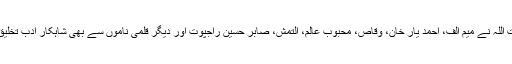
عنایت اللہ نے میم الف، احمد یار خان، وقاص، محبوب عالم، التمش، صابر حسین راجپوت اور دیگر قلمی ناموں سے بھی شاہکار ادب تخلیق کیا۔